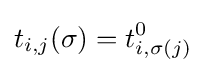
t_{i,j}(\sigma )=t_{i,\sigma (j)}^{0}